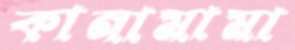
কানামামা